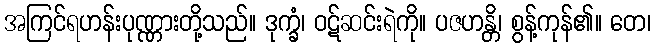
အကြင်ရဟန်းပုဏ္ဏားတို့သည်။ ဒုက္ခံ၊ ဝဋ်ဆင်းရဲကို။ ပဇဟန္တိ၊ စွန့်ကုန်၏။ တေ၊